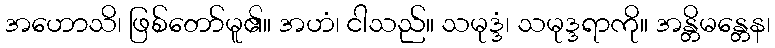
အဟောသိ၊ ဖြစ်တော်မူ၏။ အဟံ၊ ငါသည်။ သမုဒ္ဒံ၊ သမုဒ္ဒရာကို။ အန္တိမန္တေန၊